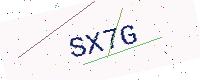
Text: SX7G